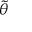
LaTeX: \scriptstyle { \tilde { \theta } }